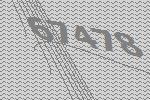
67478